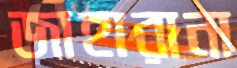
জাহারানা